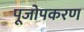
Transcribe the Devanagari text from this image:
पूजोपकरण